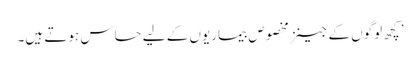
’کچھ لوگوں کے جینز مخصوص بیماریوں کے لیے حساس ہوتے ہیں۔